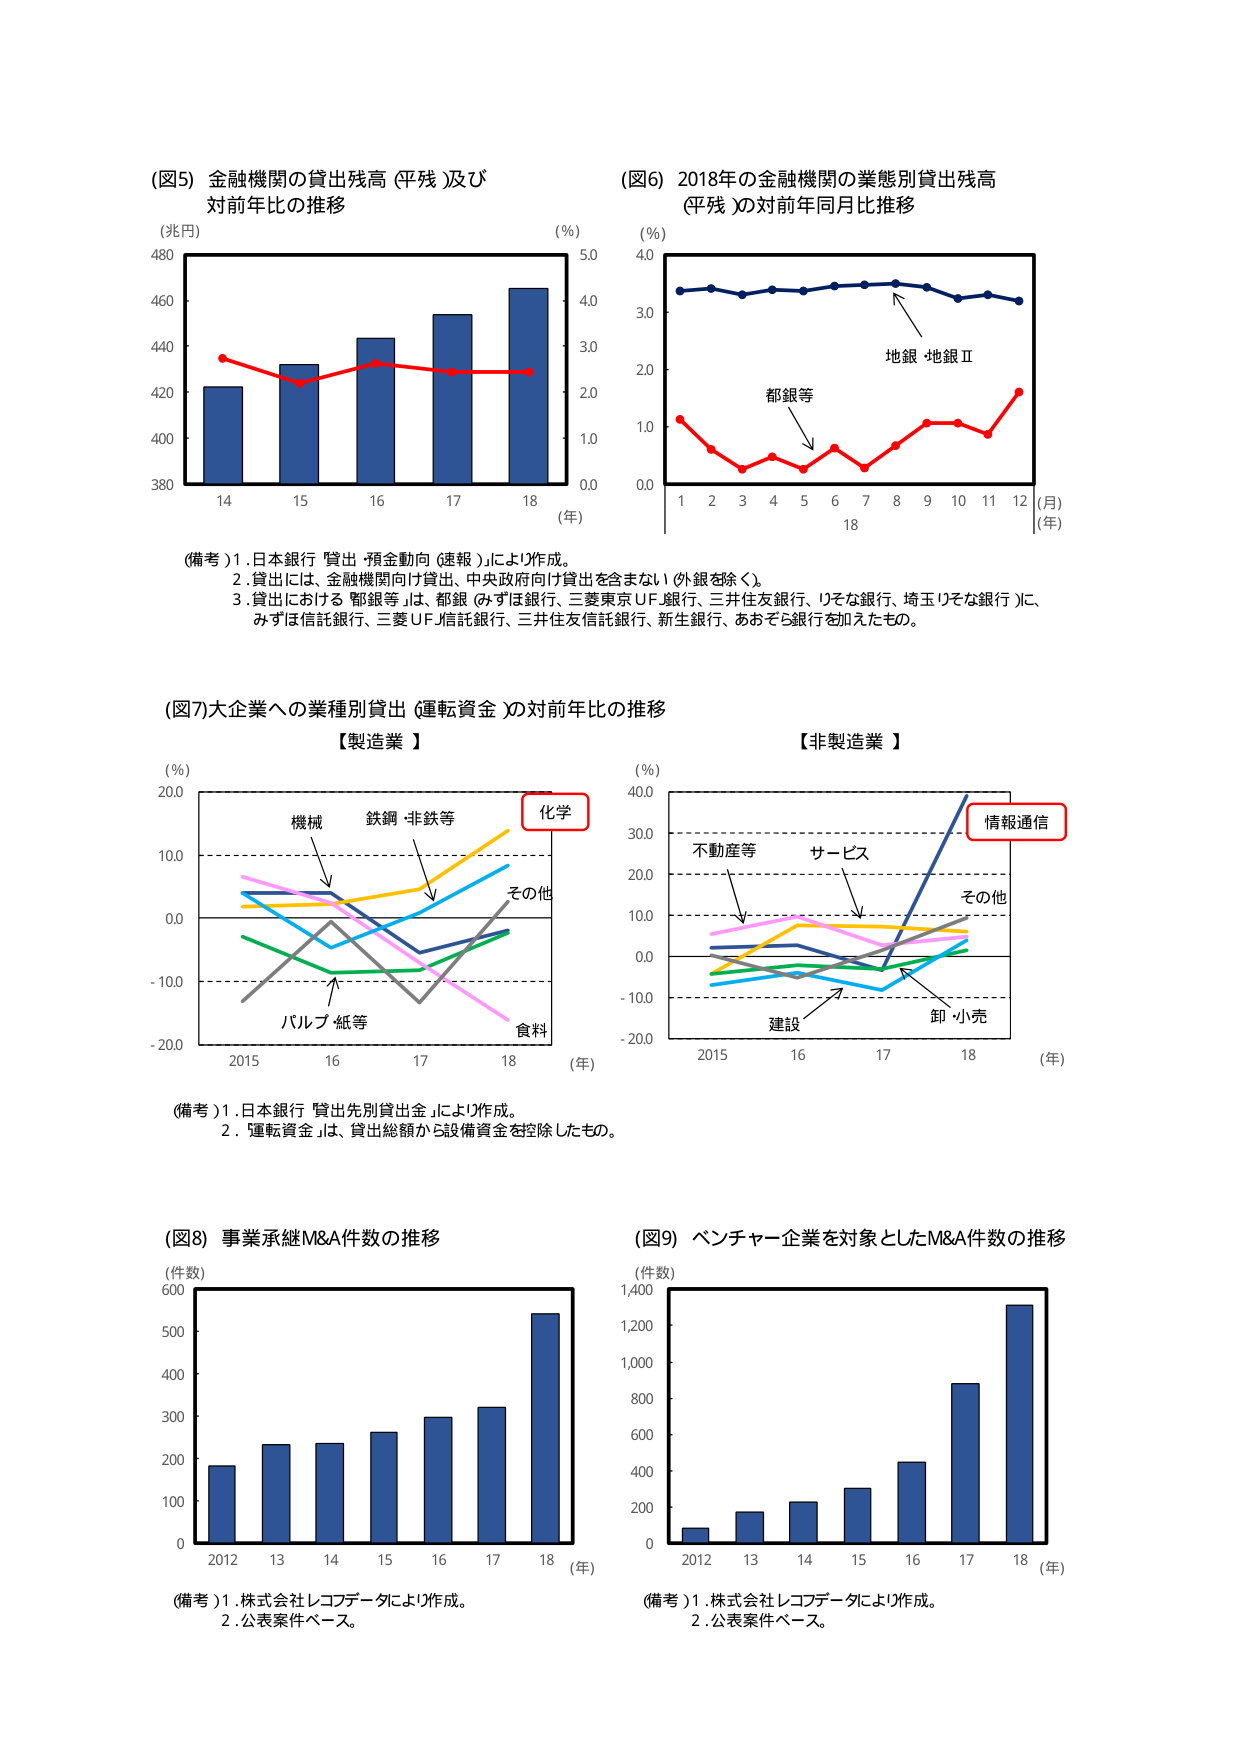
(図5) 金融機関の貸出残高（平残）及び
対前年比の推移

(兆円)
480
460
440
420
400
380
14 15 16 17 18 (年)
(%)
5.0
4.0
3.0
2.0
1.0
0.0

(図6) 2018年の金融機関の業態別貸出残高
（平残）の対前年同月比推移

(%)
4.0
3.0
2.0
1.0
0.0
1 2 3 4 5 6 7 8 9 10 11 12 (月)
18 (年)
地銀・地銀Ⅱ
都銀等

(備考) 1. 日本銀行「貸出・預金動向（速報）」により作成。
2. 貸出には、金融機関向け貸出、中央政府向け貸出を含まない（外銀を除く）。
3. 貸出における「都銀等」は、都銀（みずほ銀行、三菱東京UFJ銀行、三井住友銀行、りそな銀行、埼玉りそな銀行）に、
みずほ信託銀行、三菱UFJ信託銀行、三井住友信託銀行、新生銀行、あおぞら銀行を加えたもの。

(図7) 大企業への業種別貸出（運転資金）の対前年比の推移

【製造業】
(%)
200
100
0.0
-100
-200
2015 16 17 18 (年)
機械
鉄鋼・非鉄等
化学
その他
バルブ・紙等
食料

【非製造業】
(%)
400
300
200
100
0.0
-100
-200
2015 16 17 18 (年)
不動産等
サービス
情報通信
その他
建設
卸・小売

(備考) 1. 日本銀行「貸出先別貸出金」により作成。
2. 「運転資金」は、貸出総額から設備資金を控除したもの。

(図8) 事業承継M&A件数の推移
(件数)
600
500
400
300
200
100
0
2012 13 14 15 16 17 18 (年)

(備考) 1. 株式会社レコフデータにより作成。
2. 公表案件ベース。

(図9) ベンチャー企業を対象としたM&A件数の推移
(件数)
1,400
1,200
1,000
800
600
400
200
0
2012 13 14 15 16 17 18 (年)

(備考) 1. 株式会社レコフデータにより作成。
2. 公表案件ベース。